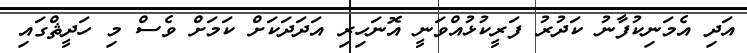
އަދި އެމަނިކުފާނު ކަދުރު ފަރީކުޅުއްވަނީ އޮނަހިރި އަދަދަކަށް ކަމަށް ވެސް މި ހަދީޘްގައި